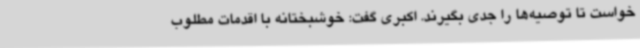
خواست تا توصیه‌ها را جدی بگیرند. اکبری گفت: خوشبختانه با اقدمات مطلوب